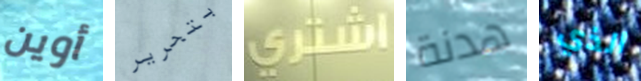
أوين بتحرير إشتري هدنة الذي